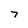
Character: 7